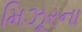
મિઝૂરના